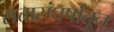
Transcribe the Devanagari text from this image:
सत्तासंघर्षातून